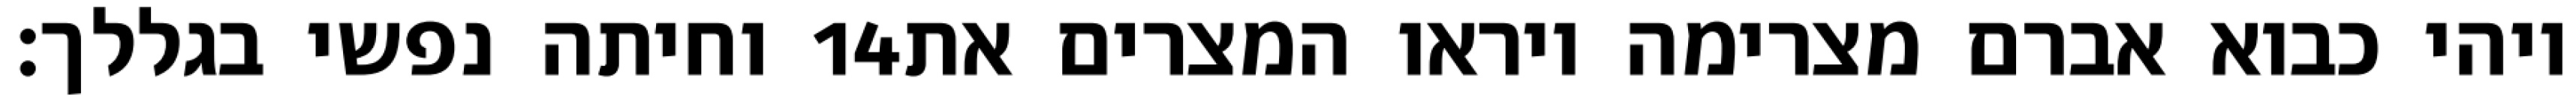
וחיתה נפשי בגללך׃ ‎14‏ ויהי כבוא אברם מצרימה ויראו המצרים את